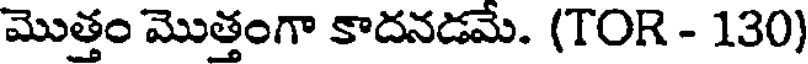
మొత్తం మొత్తంగా కాదనడమే. (TOR - 130)